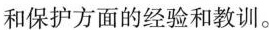
和保护方面的经验和教训。